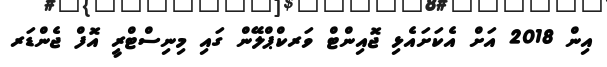
އިން 2018 އަށް އެކަށައެޅި ޖޮއިންޓް ވަރކްޕްލޭން ގައި މިނިސްޓްރީ އޮފް ޖެންޑަރ